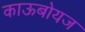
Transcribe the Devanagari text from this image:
काऊबोयज